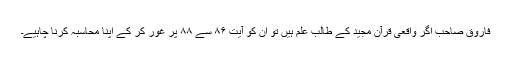
فاروق صاحب اگر واقعی قرآن مجید کے طالب علم ہیں تو ان کو آیت ۸۶ سے ۸۸ پر غور کر کے اپنا محاسبہ کرنا چاہیے۔